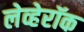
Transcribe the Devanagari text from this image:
लेव्हेरॉक